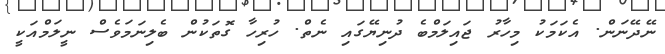
ނޭދޭނަން. އެކަމަކު މިހާރު ޖައިލަމްބެ ދުނިޔޭގައި ނެތް. ހުރިހާ ގޮތަކުން ބެލިނަމަވެސް ނީލަމްއަކީ